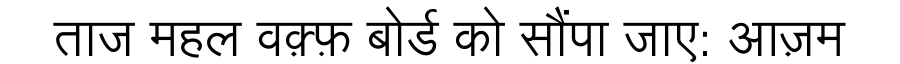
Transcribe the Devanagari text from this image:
ताज महल वक़्फ़ बोर्ड को सौंपा जाए: आज़म